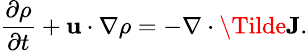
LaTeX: \small\frac{\partial\rho}{\partial t}+\textbf{u}\cdot\nabla\rho=-\nabla\cdot\Tilde{\textbf{J}}.